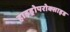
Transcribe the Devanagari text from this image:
हाइड्रोपरोक्साइड